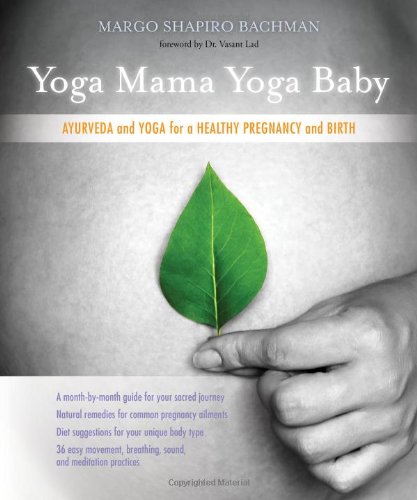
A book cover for Yoga Mama, Yoga Baby: Ayurveda and Yoga for a Healthy Pregnancy and Birth; Margo Shapiro Bachman; Health, Fitness & Dieting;